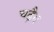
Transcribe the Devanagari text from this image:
चढ़ैय